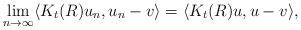
\begin{align*}\lim_{n\rightarrow\infty}\langle K_t(R) u_n , u_n - v \rangle = \langle K_t(R) u, u - v \rangle ,\end{align*}